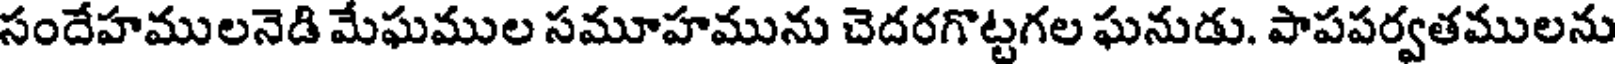
సందేహములనెడి మేఘముల సమూహమును చెదరగొట్టగల ఘనుడు. పాపపర్వతములను